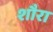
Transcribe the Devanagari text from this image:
शौरा